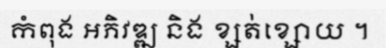
កំពុង អភិវឌ្ឍ និង ខ្សត់ខ្សោយ ។